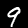
Digit: 9